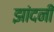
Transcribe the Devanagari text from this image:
झांदनी